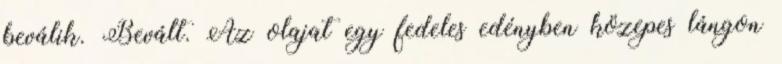
beválik. Bevált. Az olajat egy fedeles edényben közepes lángon